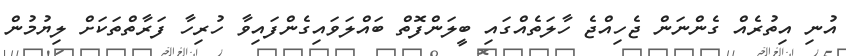
އުނި އިތުރެއް ގެންނަން ޖެހިއްޖެ ހާލަތެއްގައި ބީލަންފޮތް ބައްލަވައިގެންފައިވާ ހުރިހާ ފަރާތްތަކަށް ލިޔުމުން